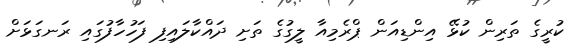
ކުރީގެ ތަރިން ކުޅޭ އިންޑިއަން ޕްރެމިއާ ލީގުގެ ތަށި ދައްކާލައިފި ފަހުހާފުގައި ރަނގަޅަށް